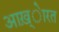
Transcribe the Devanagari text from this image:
आख़्ेारत